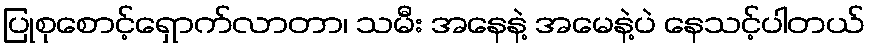
ပြုစုစောင့်ရှောက်လာတာ၊ သမီး အနေနဲ့ အမေနဲ့ပဲ နေသင့်ပါတယ်